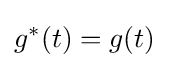
g^{\ast }(t)=g(t)